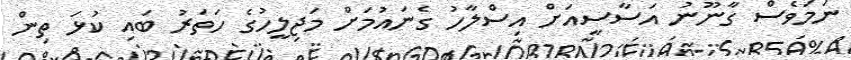
ނަމަވެސް ގާނޫނު އަސާސީއަށް އިސްލާހު ގެނައުމަށް މަޖިލީހުގެ ހަތަރު ބައި ކުޅަ ތިން